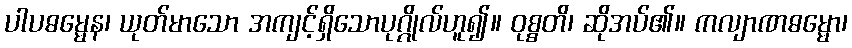
ပါပဓမ္မေန၊ ယုတ်မာသော အကျင့်ရှိသောပုဂ္ဂိုလ်ဟူ၍။ ဝုစ္စတိ၊ ဆိုအပ်၏။ ကလျာဏဓမ္မော၊